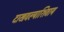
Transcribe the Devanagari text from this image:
दाखवल्याशिवाय